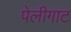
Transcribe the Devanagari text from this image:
पेलीगाट